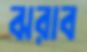
ঝরাব